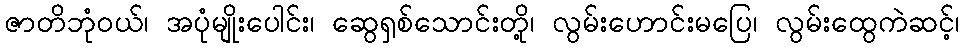
ဇာတိဘုံဝယ်၊ အပုံမျိုးပေါင်း၊ ဆွေရှစ်သောင်းတို့၊ လွမ်းဟောင်းမပြေ၊ လွမ်းထွေကဲဆင့်၊